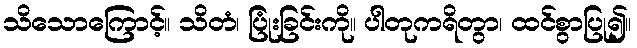
သိသောကြောင့်။ သိတံ၊ ပြုံးခြင်းကို။ ပါတုကရိတွာ၊ ထင်စွာပြု၍။